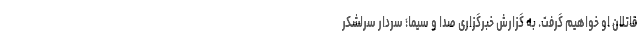
قاتلان او خواهیم گرفت. به گزارش خبرگزاری صدا و سیما؛ سردار سرلشکر